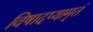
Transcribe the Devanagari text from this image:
विषादप्यामृतं